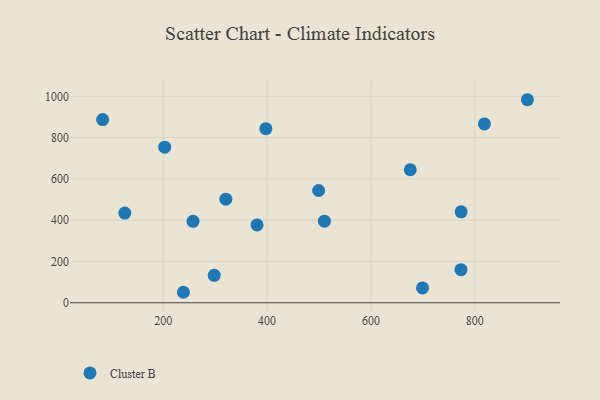
{"axis": {"x": "Experience", "y": "Fuel Efficiency"}, "legend": ["Cluster B"], "data": [{"x": "773.8", "y": 440.5, "type": "Cluster B"}, {"x": "773.5", "y": 160.3, "type": "Cluster B"}, {"x": "298.1", "y": 132.7, "type": "Cluster B"}, {"x": "238.7", "y": 50.8, "type": "Cluster B"}, {"x": "83.1", "y": 887.3, "type": "Cluster B"}, {"x": "202.7", "y": 753.8, "type": "Cluster B"}, {"x": "320.5", "y": 502.0, "type": "Cluster B"}, {"x": "818.6", "y": 866.4, "type": "Cluster B"}, {"x": "901.4", "y": 983.6, "type": "Cluster B"}, {"x": "380.6", "y": 376.9, "type": "Cluster B"}, {"x": "675.8", "y": 644.3, "type": "Cluster B"}, {"x": "125.8", "y": 434.5, "type": "Cluster B"}, {"x": "699.4", "y": 72.0, "type": "Cluster B"}, {"x": "499.2", "y": 543.9, "type": "Cluster B"}, {"x": "397.6", "y": 843.4, "type": "Cluster B"}, {"x": "257.3", "y": 394.6, "type": "Cluster B"}, {"x": "510.4", "y": 395.1, "type": "Cluster B"}]}